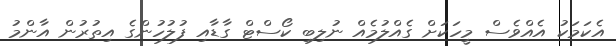
އެކަމަކު އެއްވެސް މީހަކަށް ގެއްލުމެއް ނުލިބި ކޯސްޓް ގާޑާއި ފުލުހުންގެ އިތުރުން އާންމު